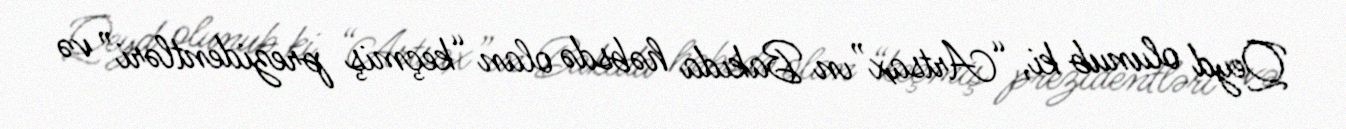
Qeyd olunub ki, “Artsax”ın Bakıda həbsdə olan “keçmiş prezidentləri” və